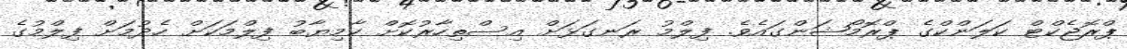
ޕްރޮޖެކްޓް ކަލަންކްގެ ޕްރޮމޯޝަންގައެވެ. ފިލްމު ރަނގަޅަށް އިސްތިހާރުކޮށް ކާމިޔާބު ފިލްމަކަށް ހެދުމަށް ފިލްމުގެ